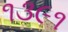
૧૩૯૧